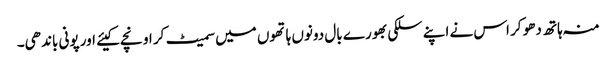
منہ ہاتھ دھو کر اس نے اپنے سلکی بھورے بال دونوں ہاتھوں میں سمیٹ کر اونچے کیئے اور پونی باندھی۔